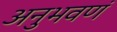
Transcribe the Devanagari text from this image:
अनुभवणं